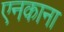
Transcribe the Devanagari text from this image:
एनकाना